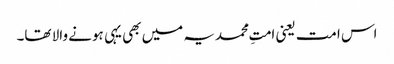
اس امت یعنی امتِ محمدیہ میں بھی یہی ہونے والا تھا۔